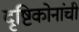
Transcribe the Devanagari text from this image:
दृष्टिकोनांची